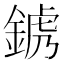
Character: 𨨍